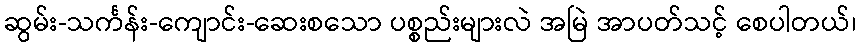
ဆွမ်း-သင်္ကန်း-ကျောင်း-ဆေးစသော ပစ္စည်းများလဲ အမြဲ အာပတ်သင့် စေပါတယ်၊